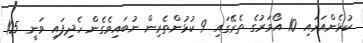
ކުޅެންއަރައި 10 އޯވަރުގެ ތެރޭގައި 9 ކުޅުންތެރިން ނުބައިވެގެން ހެދިފައި ވަނީ 105